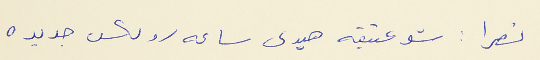
نصرا : شو عتيقه هيدى ساعه رولكس جديده